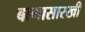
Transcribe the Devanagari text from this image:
बाणासारखी